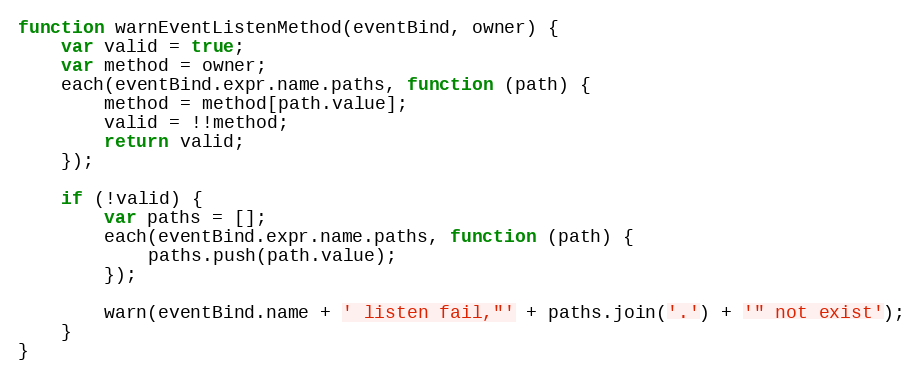
Language: JavaScript
function warnEventListenMethod(eventBind, owner) {
    var valid = true;
    var method = owner;
    each(eventBind.expr.name.paths, function (path) {
        method = method[path.value];
        valid = !!method;
        return valid;
    });

    if (!valid) {
        var paths = [];
        each(eventBind.expr.name.paths, function (path) {
            paths.push(path.value);
        });

        warn(eventBind.name + ' listen fail,"' + paths.join('.') + '" not exist');
    }
}